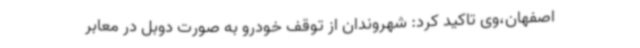
اصفهان،وی تاکید کرد: شهروندان از توقف خودرو به صورت دوبل در معابر